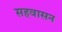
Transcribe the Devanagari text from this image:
सहवासन